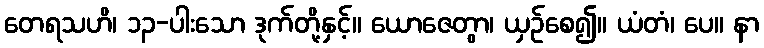
တေရသဟိ၊ ၁၃-ပါးသော ဒုက်တို့နှင့်။ ယောဇေတွာ၊ ယှဉ်စေ၍။ ယံတံ၊ ပေ။ နာ